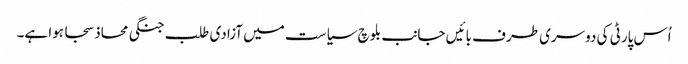
اُس پارٹی کی دوسری طرف بائیں جانب بلوچ سیاست میں آزادی طلب جنگی محاذ سجا ہوا ہے۔